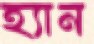
হ্যান